Report of the King Institute of Preventive Medicine, Guindy
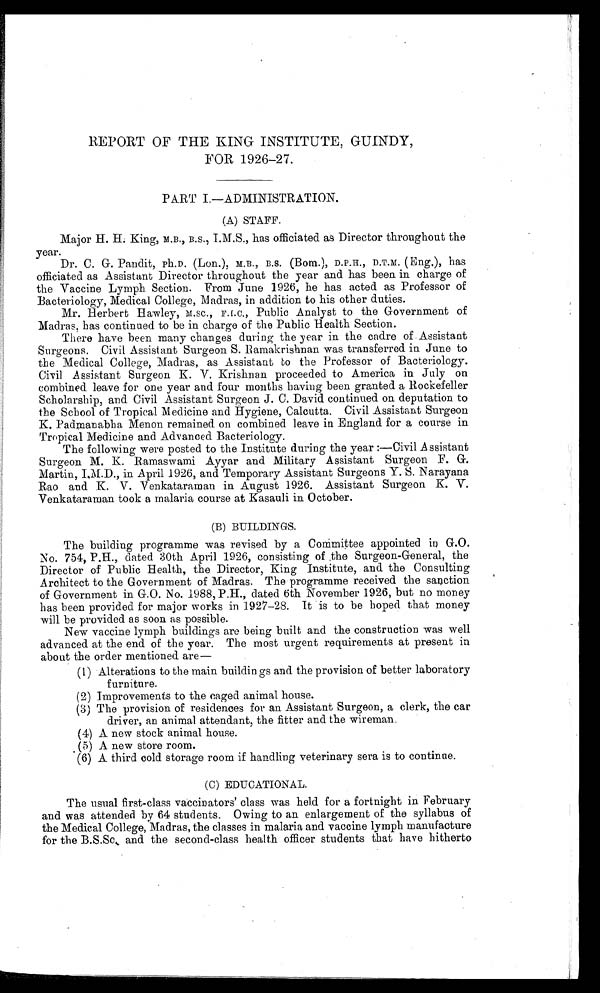
REPORT OF THE KING INSTITUTE, GUINDY,
FOR 1926-27.
PART I.—ADMINISTRATION.
(A) STAFF.
Major H. H. King, M.B., B.S., I.M.S., has officiated as Director throughout the
year.
Dr. C. G. Pandit, Ph.D. (Lon.), M.B., B.S. (Bom.), D.P.H.,D.T.M. ( Eng.), has
officiated as Assistant Director throughout the year and has been in charge of
the Vaccine Lymph Section. From June 1926, he has acted as Professor of
Bacteriology, Medical College, Madras, in addition to his other duties.
Mr. Herbert Hawley, M.SC., F.I.C., Public Analyst to the Government of
Madras, has continued to be in charge of the Public Health Section.
There have been many changes during the year in the cadre of .Assistant
Surgeons. Civil Assistant Surgeon S. Ramakrishnan was transferred in June to
the Medical College, Madras, as Assistant to the Professor of Bacteriology.
Civil Assistant Surgeon K. V. Krishnan proceeded to America in July on
combined leave for one year and four months having been granted a Rockefeller
Scholarship, and Civil Assistant Surgeon J. C. David continued on deputation to
the School of Tropical Medicine and Hygiene, Calcutta. Civil Assistant Surgeon
K. Padmanabha Menon remained on combined leave in England for a course in
Tropical Medicine and Advanced Bacteriology.
The following were posted to the Institute during the year :—Civil Assistant
Surgeon M. K. Ramaswami Ayyar and Military Assistant Surgeon F. G.
Martin, I.M.D., in April 1926, and Temporary Assistant Surgeons Y. S. Narayana
Rao and K. V. Venkataraman in August 1926. Assistant Surgeon K. V.
Venkataraman took a malaria course at Kasauli in October.
(B) BUILDINGS.
The building programme was revised by a Committee appointed in G.O.
No. 754, P.H., dated 30th April 1926, consisting of ,the Surgeon-General, the
Director of Public Health, the Director, King Institute, and the Consulting
Architect to the Government of Madras. The programme received the sanction
of Government in G.O. No. 1988, P.H., dated 6th November 1926, but no money
has been provided for major works in 1927-28. It is to be hoped that money
will be provided as soon as possible.
New vaccine lymph buildings are being built and the construction was well
advanced at the end of the year. The most urgent requirements at present in
about the order mentioned are
(1) Alterations to the main buildings and the provision of better laboratory
furniture.
(2) Improvements to the caged animal house.
(3) The provision of residences for an Assistant Surgeon, a clerk, the car
driver, an animal attendant, the fitter and the wireman.
(4) A new stock animal house.
(5) A new store room.
(6) A third cold. storage room if handling veterinary sera is to continue.
(C) EDUCATIONAL.
The usual first-class vaccinators’ class was held for a fortnight in February
and was attended by 64 students. Owing to an enlargement of the syllabus of
the Medical College, Madras, the classes in malaria and vaccine lymph manufacture
for the B.S.Sc. and the second-class health officer students that have hitherto
•